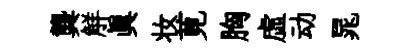
龔觧真妆莧胸虛动晁